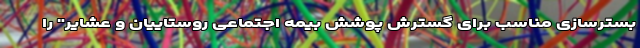
بسترسازی مناسب برای گسترش پوشش بیمه اجتماعی روستاییان و عشایر" را